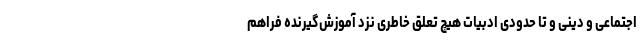
اجتماعی و دینی و تا حدودی ادبیات هیچ تعلق خاطری نزد آموزش‌گیرنده فراهم